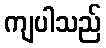
ကျပါသည်